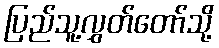
ပြည်သူ့လွှတ်တော်သို့